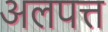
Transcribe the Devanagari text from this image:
अलपत्त